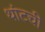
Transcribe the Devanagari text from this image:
थांटची